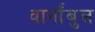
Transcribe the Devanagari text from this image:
वार्नांबुल